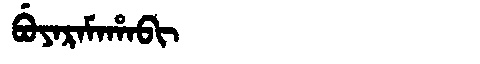
Manchu: ᠪᡠᠶᠠᡵᠠᠮᠠᡥᠠᠪᡳ
Romanization: BUYARAMAHABI